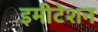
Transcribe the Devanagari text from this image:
इमीटेशन